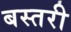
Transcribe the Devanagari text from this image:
बस्तरी